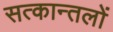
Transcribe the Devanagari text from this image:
सत्कान्तलों